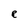
Character: e